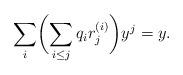
LaTeX: \begin{align*}\sum_i \biggl(\sum_{i\le j} q_i r^{(i)}_j\biggr)y^j = y. \end{align*}